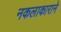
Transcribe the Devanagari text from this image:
नकलाकाराने